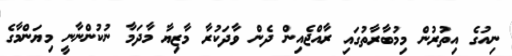
ނިއުގެ އިތުރުން މިމުބާރާތުގައި ރާއްޖެެއިން ދެން ވާދަކުރާ މާޒިޔާ މާދަމާ ނުކުންނާނީ މިޔަންމާގެ